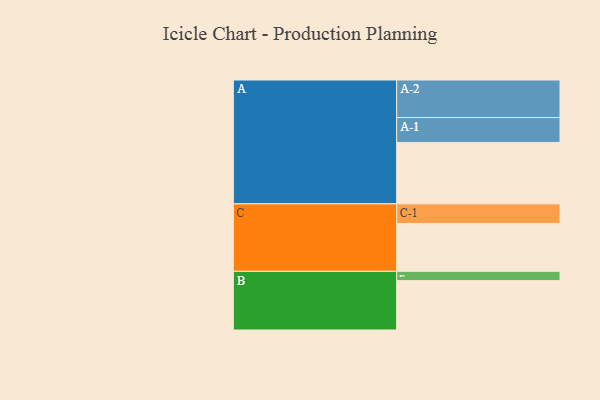
{"axis": {"x": "Segment", "y": "Value"}, "legend": ["", "A", "B", "C"], "data": [{"x": "A", "y": 489, "type": ""}, {"x": "B", "y": 393, "type": ""}, {"x": "C", "y": 381, "type": ""}, {"x": "A-1", "y": 198, "type": "A"}, {"x": "A-2", "y": 299, "type": "A"}, {"x": "B-1", "y": 74, "type": "B"}, {"x": "C-1", "y": 156, "type": "C"}]}